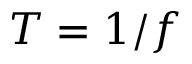
T = 1 / f